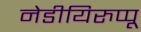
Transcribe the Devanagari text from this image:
नेडीयिरुप्पू